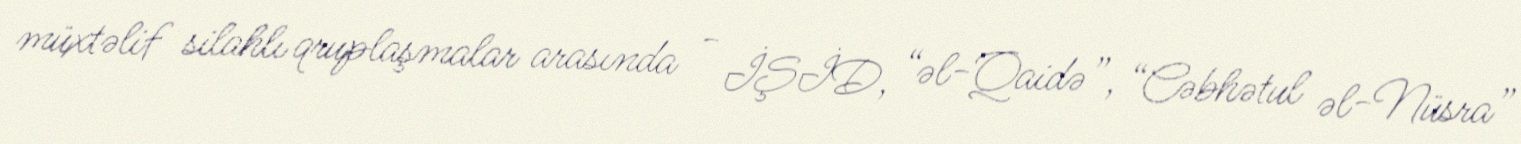
müxtəlif silahlı qruplaşmalar arasında - İŞİD, “əl-Qaidə”, “Cəbhətul əl-Nüsra”